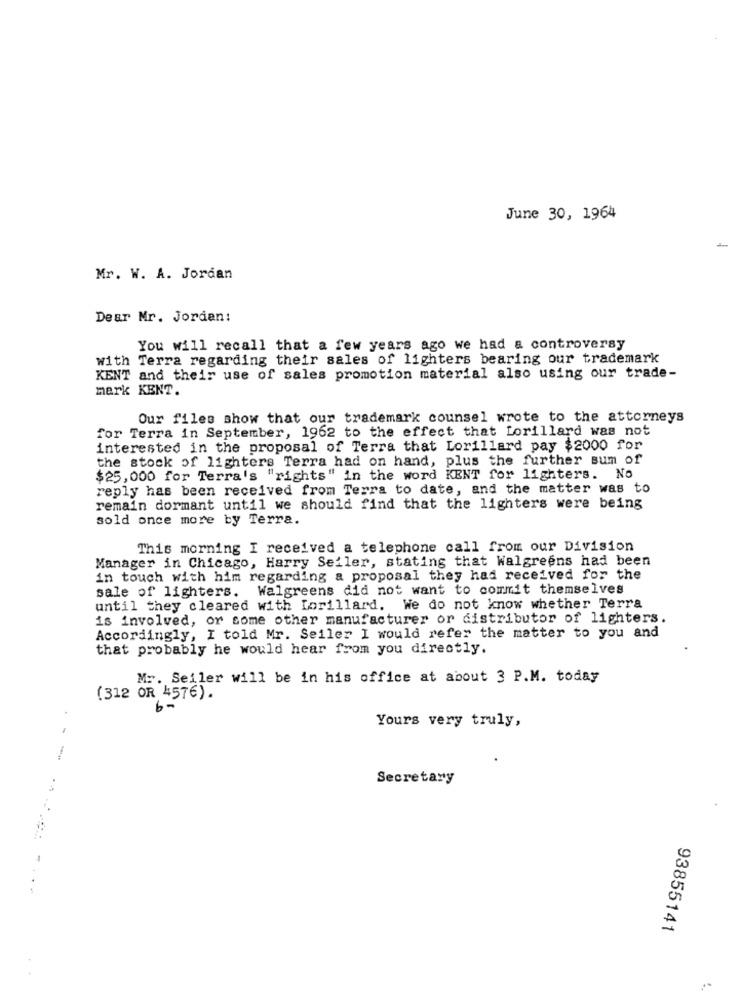
June 30, 1964
Mr. W. A. Jordan
Dear Mr. Jordan:
You will recall that a few years ago we had a controversy
with Terra regarding their sales of lighters bearing our trademark
KENT and their use of sales promotion material also using our trade-
mark KENT.
Our files show that our trademark counsel wrote to the attorneys
for Terra in September, 1962 to the effect that Lorillard was not
interested in the proposal of Terra that Lorillard pay $2000 for
the stock of lighters Terra had on hand, plus the further sum of
$25,000 for Terra's "rights" in the word KENT for lighters. No
reply has been received from Terra to date, and the matter was to
remain dormant until we should find that the lighters were being
sold once more by Terra.
This morning I received a telephone call from our Division
Manager in Chicago, Harry Seiler, stating that Walgreens had been
in touch with him regarding a proposal they had received for the
sale of lighters. Walgreens did not want to commit themselves
until they cleared with [orillard. We do not know whether Terra
is involved, or some other manufacturer or distributor of lighters.
Accordingly, I told Mr. Seiler I would refer the matter to you and
that probably he would hear from you directly.
Mr. Seiler will be in his office at about 3 P.M. today
(312 OR 4576).
Yours very truly,
Secretary
93855141